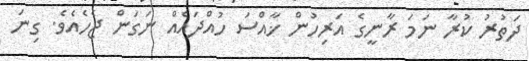
ދަތުރު ކުރާ ނަމަ ރާނީގެ އަރިހުން ޚާއްސަ ހުއްދައެއް ނަގަން ޖެހެއެވެ. ގިނަ